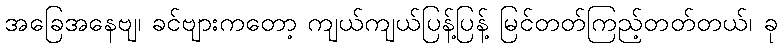
အခြေအနေဗျ၊ ခင်ဗျားကတော့ ကျယ်ကျယ်ပြန့်ပြန့် မြင်တတ်ကြည့်တတ်တယ်၊ ခု